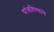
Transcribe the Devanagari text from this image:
थांबविण्याचे